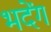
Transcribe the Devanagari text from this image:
भदेंग